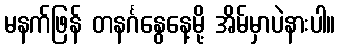
မနက်ဖြန် တနင်္ဂနွေနေ့မို့ အိမ်မှာပဲနားပါ။